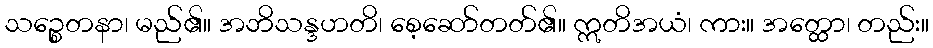
သဉ္စေတနာ၊ မည်၏။ အဘိသန္ဒဟတိ၊ စေ့ဆော်တတ်၏။ ဣတိအယံ၊ ကား။ အတ္ထော၊ တည်း။